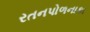
રતનપોળનાકા